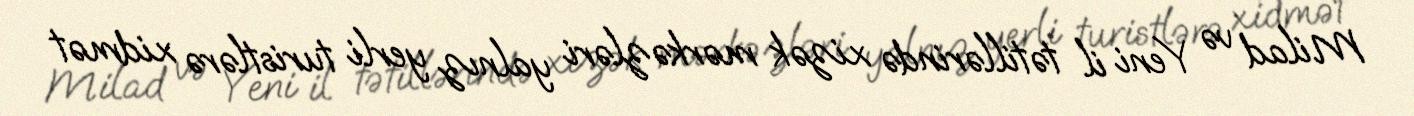
Milad və Yeni il tətillərində xizək mərkəzləri yalnız yerli turistlərə xidmət